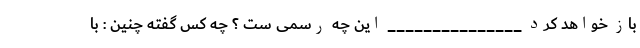
باز خواهد کرد _______________ این چه رسمی ست ؟ چه کس گفته چنین : با